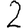
Digit: 2